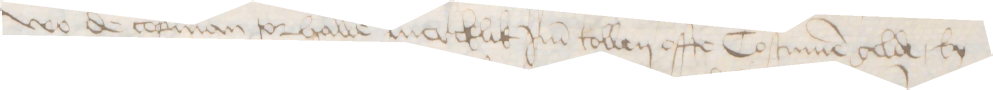
wo de copman tor halle mercklik Jm tollen offte Costumen gelde, by